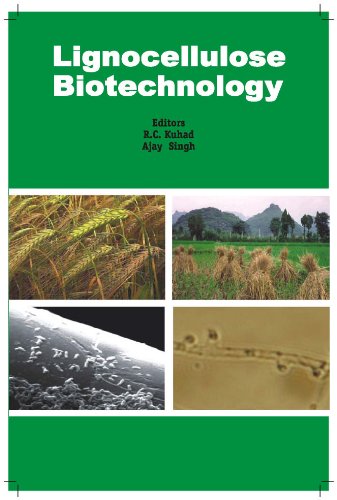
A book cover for Lignocellulose Biotechnology: Techniques and Applications; R. C. Kuhad; Medical Books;